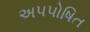
અપપોષિત